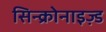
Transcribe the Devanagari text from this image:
सिन्क्रोनाइज़्ड